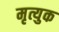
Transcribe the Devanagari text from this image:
मृत्युक